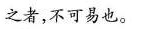
之者，不可易也。